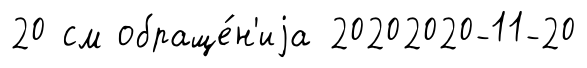
20 см обраще́н'иjа 20202020-11-20